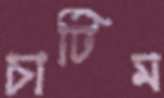
চাটিম